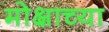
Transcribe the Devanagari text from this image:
मोक्षाच्या